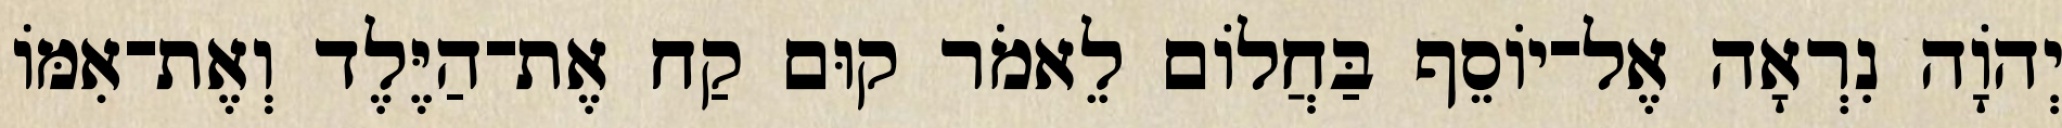
יְהוָֹה נִרְאָה אֶל־יוֹסֵף בַּחֲלוֹם לֵאמֹר קוּם קַח אֶת־הַיֶּלֶד וְאֶת־אִמּוֹ